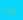
لقد